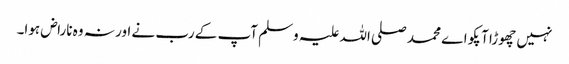
نہیں چھوڑا آپکو اے محمد صلی اللہ علیہ وسلم آپ کے رب نے اور نہ وہ ناراض ہوا۔